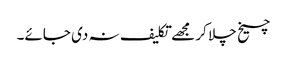
چیخ چلا کر مجھے تکلیف نہ دی جائے۔